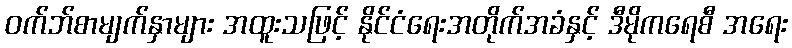
ဝက်ဘ်စာမျက်နှာများ အထူးသဖြင့် နိုင်ငံရေးအတိုက်အခံနှင့် ဒီမိုကရေစီ အရေး